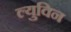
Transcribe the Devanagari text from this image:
ल्युविन